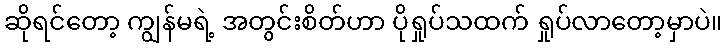
ဆိုရင်တော့ ကျွန်မရဲ့ အတွင်းစိတ်ဟာ ပိုရှုပ်သထက် ရှုပ်လာတော့မှာပဲ။